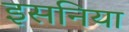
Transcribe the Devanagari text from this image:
इसनिया